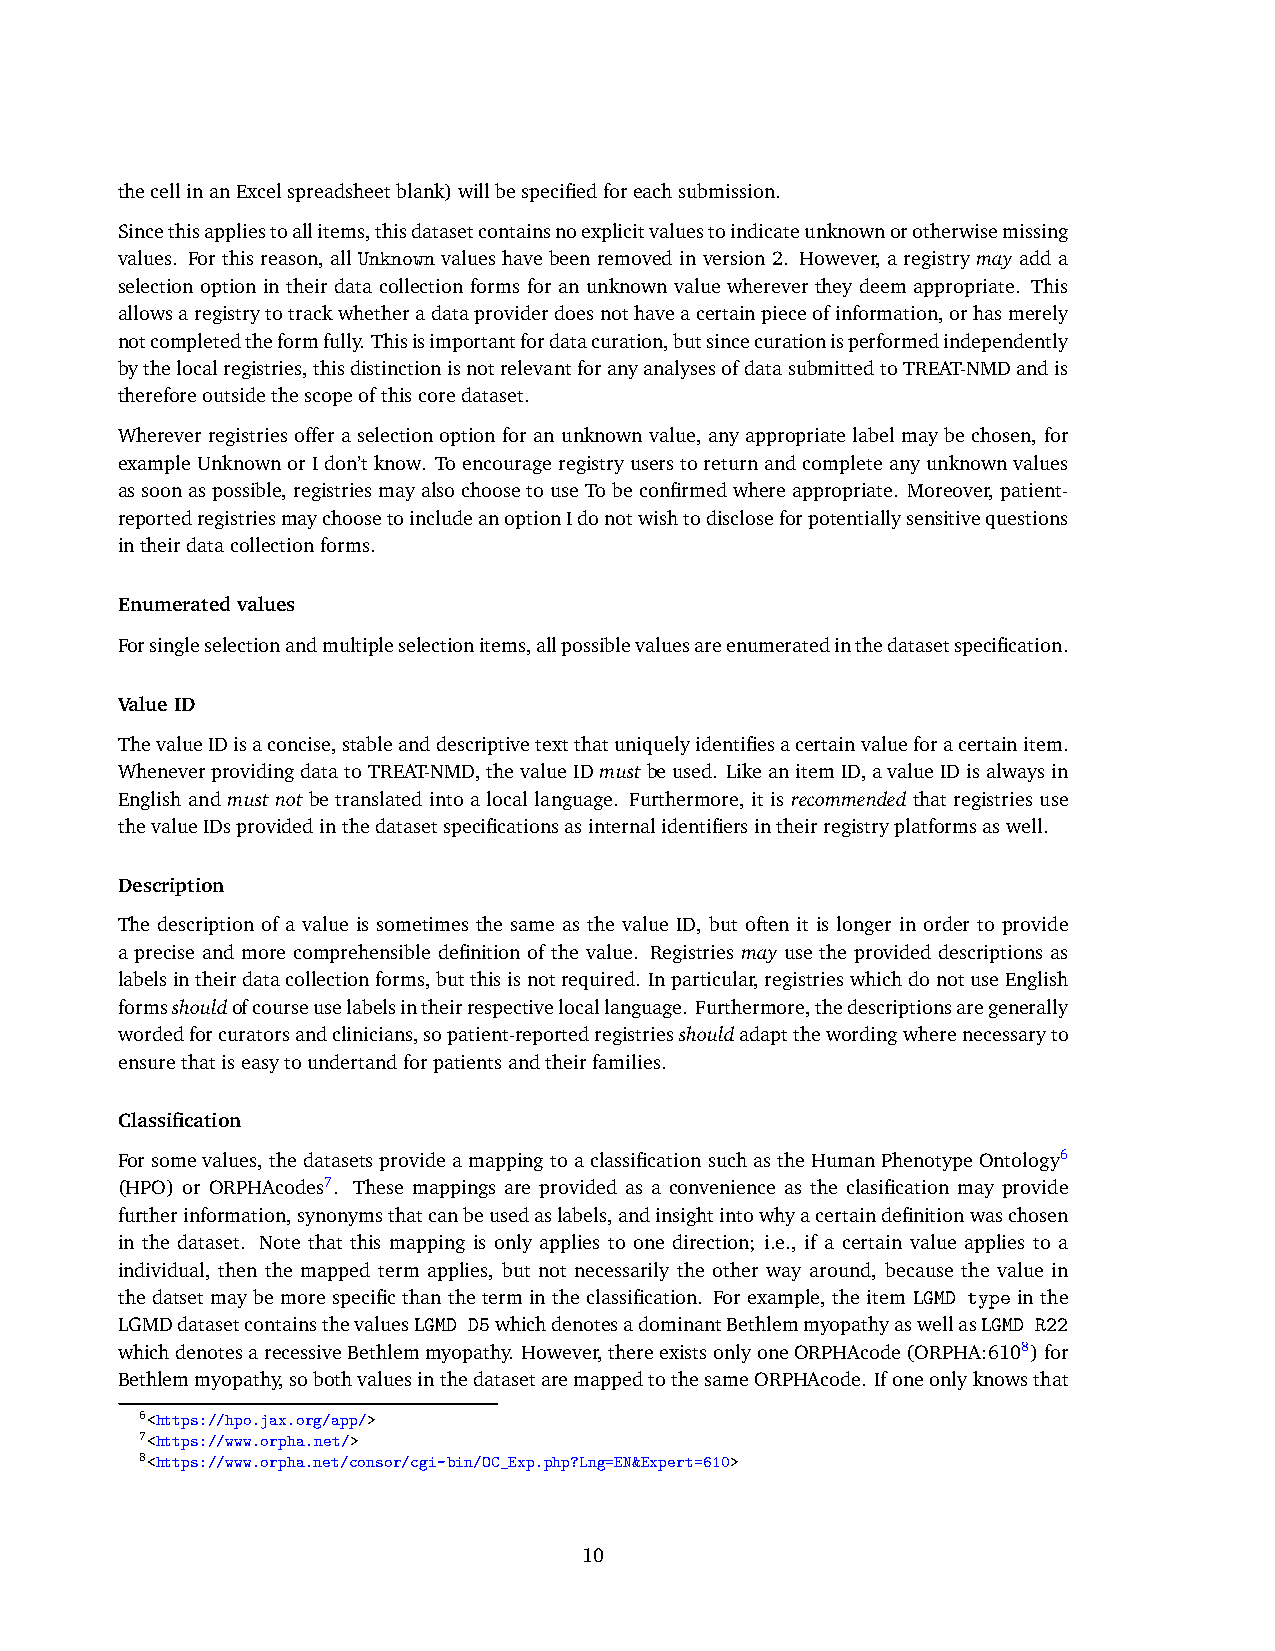
thecellinanExcelspreadsheetblank)willbespecifiedforeachsubmission.
 Sincethisappliestoallitems,thisdatasetcontainsnoexplicitvaluestoindicateunknownorotherwisemissing
 values. For this reason, all Unknown values have been removed in version 2. However, a registry may add a
 selection option in their data collection forms for an unknown value wherever they deem appropriate. This
 allowsaregistrytotrackwhetheradataproviderdoesnothaveacertainpieceofinformation,orhasmerely
 notcompletedtheformfully. Thisisimportantfordatacuration,butsincecurationisperformedindependently
 bythelocalregistries,thisdistinctionisnotrelevantforanyanalysesofdatasubmittedtoTREAT-NMDandis
 thereforeoutsidethescopeofthiscoredataset.
 Wherever registries offer a selection option for an unknown value, any appropriate label may be chosen, for
 exampleUnknownorIdon’tknow. Toencourageregistryuserstoreturnandcompleteanyunknownvalues
 assoonaspossible,registriesmayalsochoosetouseTobeconfirmedwhereappropriate. Moreover,patient-
 reportedregistriesmaychoosetoincludeanoptionIdonotwishtodiscloseforpotentiallysensitivequestions
 intheirdatacollectionforms.
 Enumeratedvalues
 Forsingleselectionandmultipleselectionitems,allpossiblevaluesareenumeratedinthedatasetspecification.
 ValueID
 ThevalueIDisaconcise,stableanddescriptivetextthatuniquelyidentifiesacertainvalueforacertainitem.
 WheneverprovidingdatatoTREAT-NMD,thevalueIDmustbeused. LikeanitemID,avalueIDisalwaysin
 English and must not be translated into a local language. Furthermore, it is recommended that registries use
 thevalueIDsprovidedinthedatasetspecificationsasinternalidentifiersintheirregistryplatformsaswell.
 Description
 The description of a value is sometimes the same as the value ID, but often it is longer in order to provide
 a precise and more comprehensible definition of the value. Registries may use the provided descriptions as
 labelsintheirdatacollectionforms,butthisisnotrequired. Inparticular,registrieswhichdonotuseEnglish
 formsshouldofcourseuselabelsintheirrespectivelocallanguage. Furthermore,thedescriptionsaregenerally
 wordedforcuratorsandclinicians,sopatient-reportedregistriesshouldadaptthewordingwherenecessaryto
 ensurethatiseasytoundertandforpatientsandtheirfamilies.
 Classification
 Forsomevalues, thedatasetsprovideamappingtoaclassificationsuchastheHumanPhenotypeOntology6
 (HPO) or ORPHAcodes7. These mappings are provided as a convenience as the clasification may provide
 furtherinformation,synonymsthatcanbeusedaslabels,andinsightintowhyacertaindefinitionwaschosen
 in the dataset. Note that this mapping is only applies to one direction; i.e., if a certain value applies to a
 individual, then the mapped term applies, but not necessarily the other way around, because the value in
 the datset may be more specific than the term in the classification. For example, the item LGMD type in the
 LGMDdatasetcontainsthevaluesLGMD D5whichdenotesadominantBethlemmyopathyaswellasLGMD R22
 whichdenotesarecessiveBethlemmyopathy. However,thereexistsonlyoneORPHAcode(ORPHA:6108)for
 Bethlemmyopathy,sobothvaluesinthedatasetaremappedtothesameORPHAcode. Ifoneonlyknowsthat
 6<https://hpo.jax.org/app/>
 7<https://www.orpha.net/>
 8<https://www.orpha.net/consor/cgi-bin/OC_Exp.php?Lng=EN&Expert=610>
 10